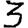
Digit: 3